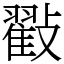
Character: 㪬